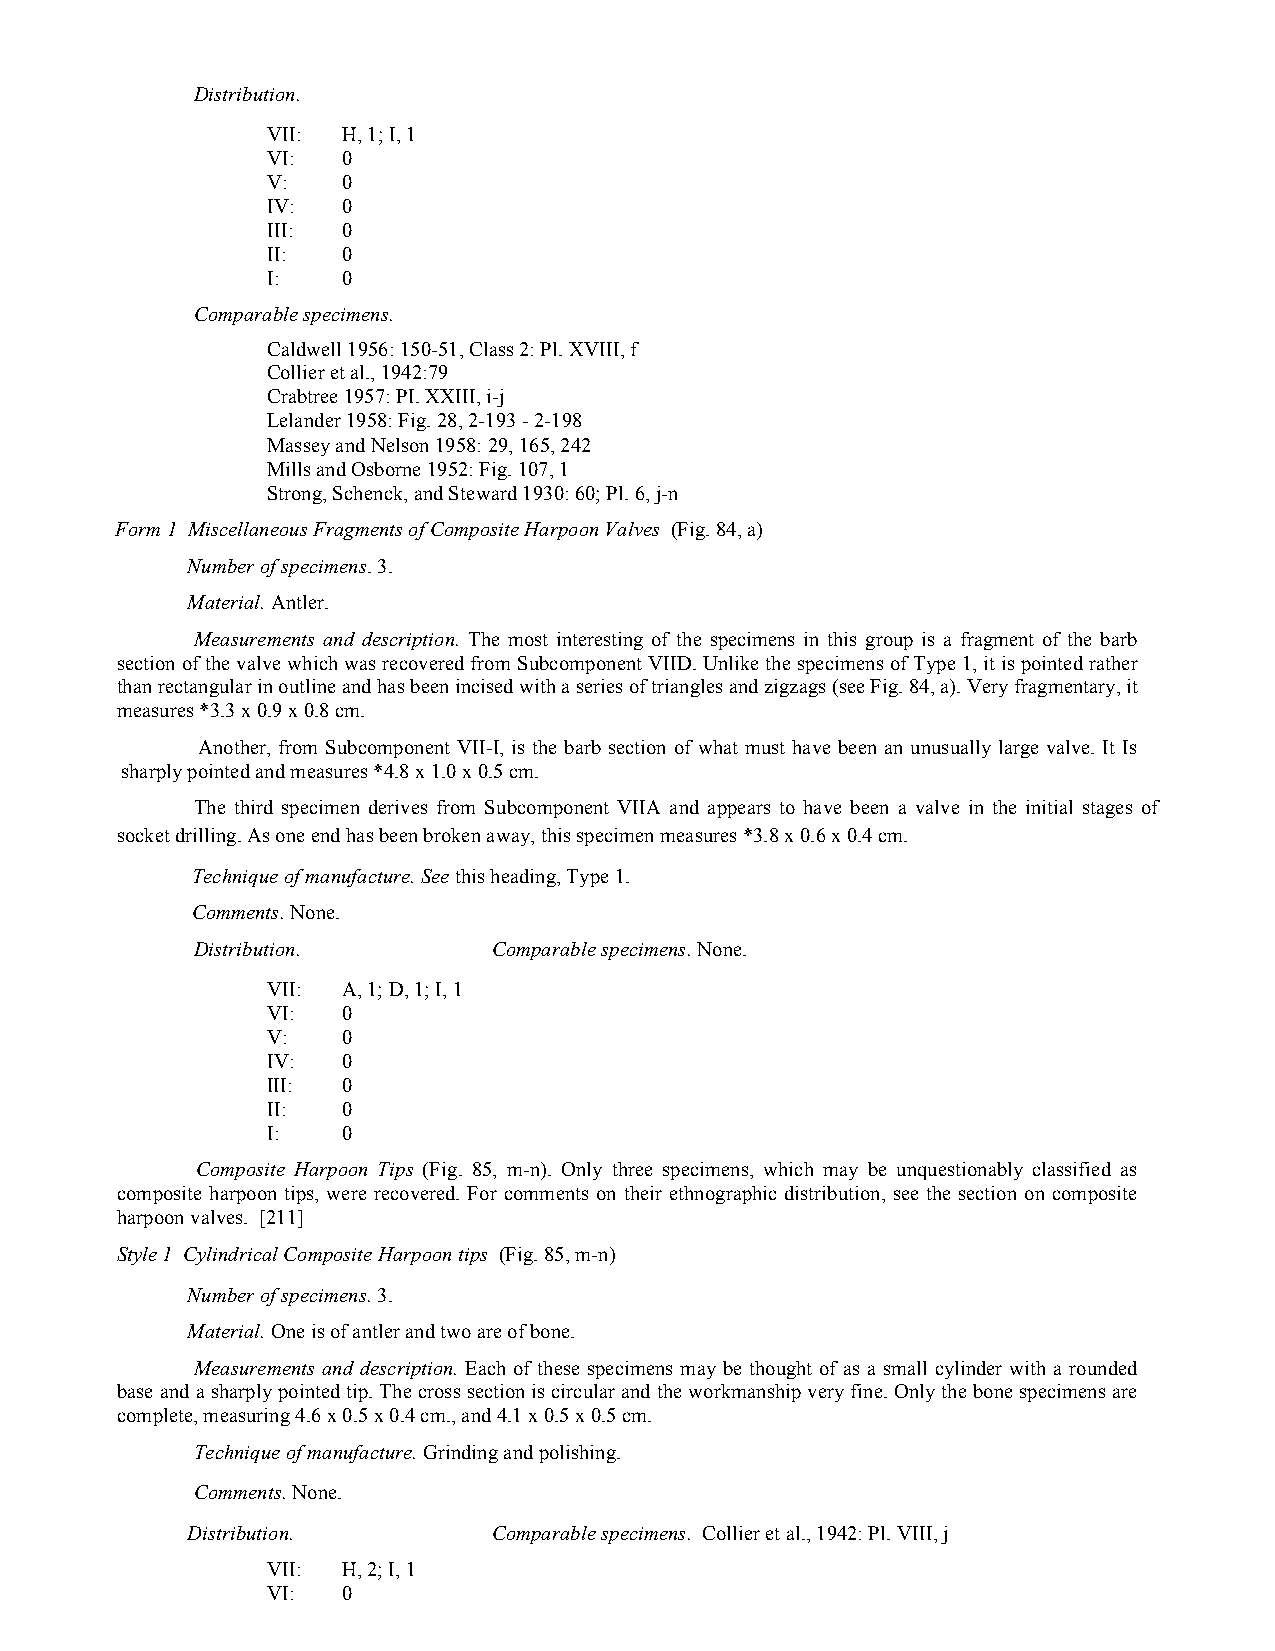
Distribution.
 VII: H, 1; I, 1
 VI:  0
 V:   0
 IV:  0
 III: 0
 II:  0
 I:   0
 Comparable specimens.
 Caldwell 1956: 150-51, Class 2: Pl. XVIII, f
 Collier et al., 1942:79
 Crabtree 1957: PI. XXIII, i-j
 Lelander 1958: Fig. 28, 2-193 - 2-198
 Massey and Nelson 1958: 29, 165, 242
 Mills and Osborne 1952: Fig. 107, 1
 Strong, Schenck, and Steward 1930: 60; Pl. 6, j-n
 Form 1 Miscellaneous Fragments of Composite Harpoon Valves (Fig. 84, a)
 Number of specimens. 3.
 Material. Antler.
 Measurements and description. The most interesting of the specimens in this group is a fragment of the barb
 section of the valve which was recovered from Subcomponent VIID. Unlike the specimens of Type 1, it is pointed rather
 than rectangular in outline and has been incised with a series of triangles and zigzags (see Fig. 84, a). Very fragmentary, it
 measures *3.3 x 0.9 x 0.8 cm.
 Another, from Subcomponent VII-I, is the barb section of what must have been an unusually large valve. It Is
 sharply pointed and measures *4.8 x 1.0 x 0.5 cm.
 The third specimen derives from Subcomponent VIIA and appears to have been a valve in the initial stages of
 socket drilling. As one end has been broken away, this specimen measures *3.8 x 0.6 x 0.4 cm.
 Technique of manufacture. See this heading, Type 1.
 Comments. None.
 Distribution.       Comparable specimens. None.
 VII: A, 1; D, 1; I, 1
 VI:  0
 V:   0
 IV:  0
 III: 0
 II:  0
 I:   0
 Composite Harpoon Tips (Fig. 85, m-n). Only three specimens, which may be unquestionably classified as
 composite harpoon tips, were recovered. For comments on their ethnographic distribution, see the section on composite
 harpoon valves. [211]
 Style 1 Cylindrical Composite Harpoon tips (Fig. 85, m-n)
 Number of specimens. 3.
 Material. One is of antler and two are of bone.
 Measurements and description. Each of these specimens may be thought of as a small cylinder with a rounded
 base and a sharply pointed tip. The cross section is circular and the workmanship very fine. Only the bone specimens are
 complete, measuring 4.6 x 0.5 x 0.4 cm., and 4.1 x 0.5 x 0.5 cm.
 Technique of manufacture. Grinding and polishing.
 Comments. None.
 Distribution.        Comparable specimens. Collier et al., 1942: Pl. VIII, j
 VII: H, 2; I, 1
 VI:  0